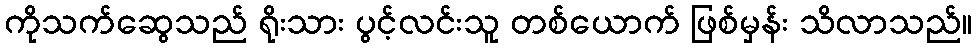
ကိုသက်ဆွေသည် ရိုးသား ပွင့်လင်းသူ တစ်ယောက် ဖြစ်မှန်း သိလာသည်။